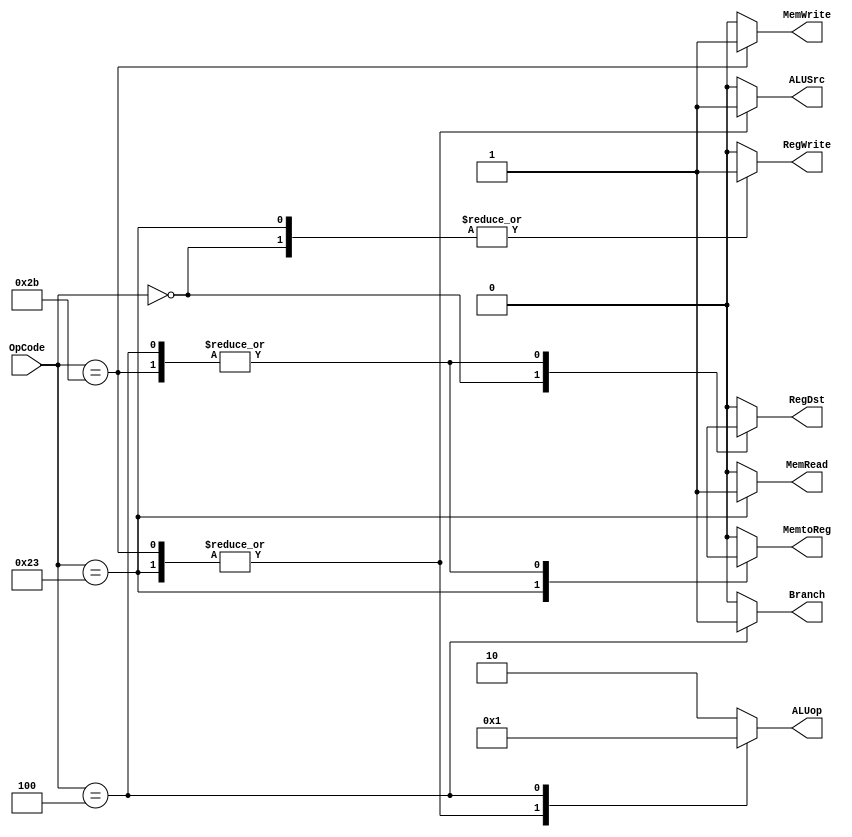

`timescale 1ns / 1ps
//////////////////////////////////////////////////////
// Designer Name: Ooshma Nanga
// Module Name:   ControlUnit
// Project Name: Single Cycle Register Bank/ALU
///////////////////////////////////////////////////////
module ControlUnit(OpCode,ALUop,RegWrite,RegDst,Branch,MemRead,MemtoReg,MemWrite,ALUSrc);

input [5:0] OpCode;
output reg [1:0] ALUop;
output reg RegWrite,RegDst,Branch,MemRead,MemtoReg,MemWrite,ALUSrc;

always @(*)

	case(OpCode)
	6'b000000 : //R-type
		begin
		ALUop		= 2'b10;
		RegWrite = 1'b1;
		ALUSrc	= 1'b0;
		RegDst	= 1'b1;
		MemRead	= 1'b0;
		MemtoReg	= 1'b0;
		MemWrite	= 1'b0;
		Branch  = 1'b0;

		end
	6'b100011 : // Lw- load Word
		begin
		ALUop 	= 2'b00;
		RegWrite = 1'b1;
		ALUSrc	= 1'b1;
		RegDst	= 1'b0;
		MemRead	= 1'b1;
		MemtoReg	= 1'b1;
		MemWrite	= 1'b0;
		Branch   = 1'b0;
		end
			
	6'b101011 :  //SW store Word
		begin
		ALUop	 	= 2'b00;
		RegWrite = 1'b0;
		ALUSrc	= 1'b1;
		RegDst	= 1'bx;
		MemRead	= 1'b0;
		MemtoReg	= 1'bx;
		MemWrite	= 1'b1;
		Branch   = 1'b0;
		end
	
	6'b000100 : //beq - Branch equal
		begin
		ALUop		= 2'b01;
		RegWrite = 1'b0;
		ALUSrc	= 1'b0;
		RegDst	= 1'bx;
		MemRead	= 1'b0;
		MemtoReg	= 1'bx;
		MemWrite	= 1'b0;
		Branch   = 1'b1;
		end
	default:begin
		ALUop		= 2'b10;
		RegWrite = 1'b0;
		ALUSrc	= 1'b0;
		RegDst	= 1'b0;
		MemRead	= 1'b0;
		MemtoReg	= 1'b0;
		MemWrite	= 1'b0;
		Branch   = 1'b0;
		end
	
		
	endcase
	
endmodule